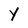
Character: Y